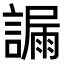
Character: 𧫞